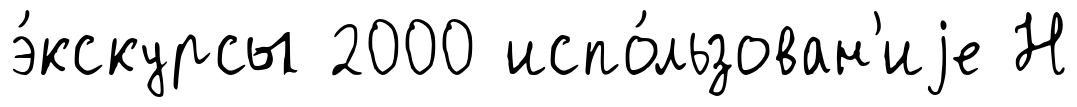
э́кскурсы 2000 испо́льзован'иjе Н